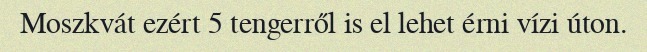
Moszkvát ezért 5 tengerről is el lehet érni vízi úton.